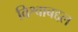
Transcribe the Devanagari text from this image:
विश्वाबद्दल